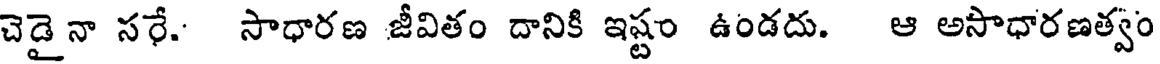
చెడైనా సరే. సాధారణ జీవితం దానికి ఇష్టం ఉండదు. ఆ అసాధారణత్వం